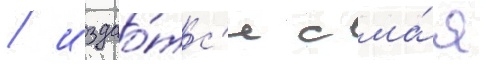
/ издао́тс'я с ма́я